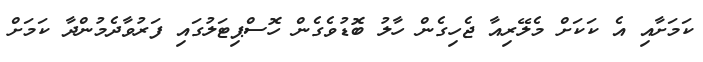
ކަމަށާއި އެ ކަކަށް މެލޭރިއާ ޖެހިގެން ހާލު ބޮޑުވެގެން ހޮސްޕިޓަލުގައި ފަރުވާދެމުންދާ ކަމަށް